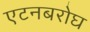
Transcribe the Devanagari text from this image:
एटनबरोघ